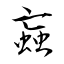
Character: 蝱